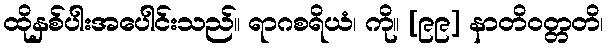
ထိုနှစ်ပါးအပေါင်းသည်။ ရာဂစရိယံ၊ ကို။ [၉၉] နာတိဝတ္တတိ၊